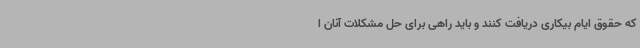
که حقوق ایام بیکاری دریافت کنند و باید راهی برای حل مشکلات آنان ا